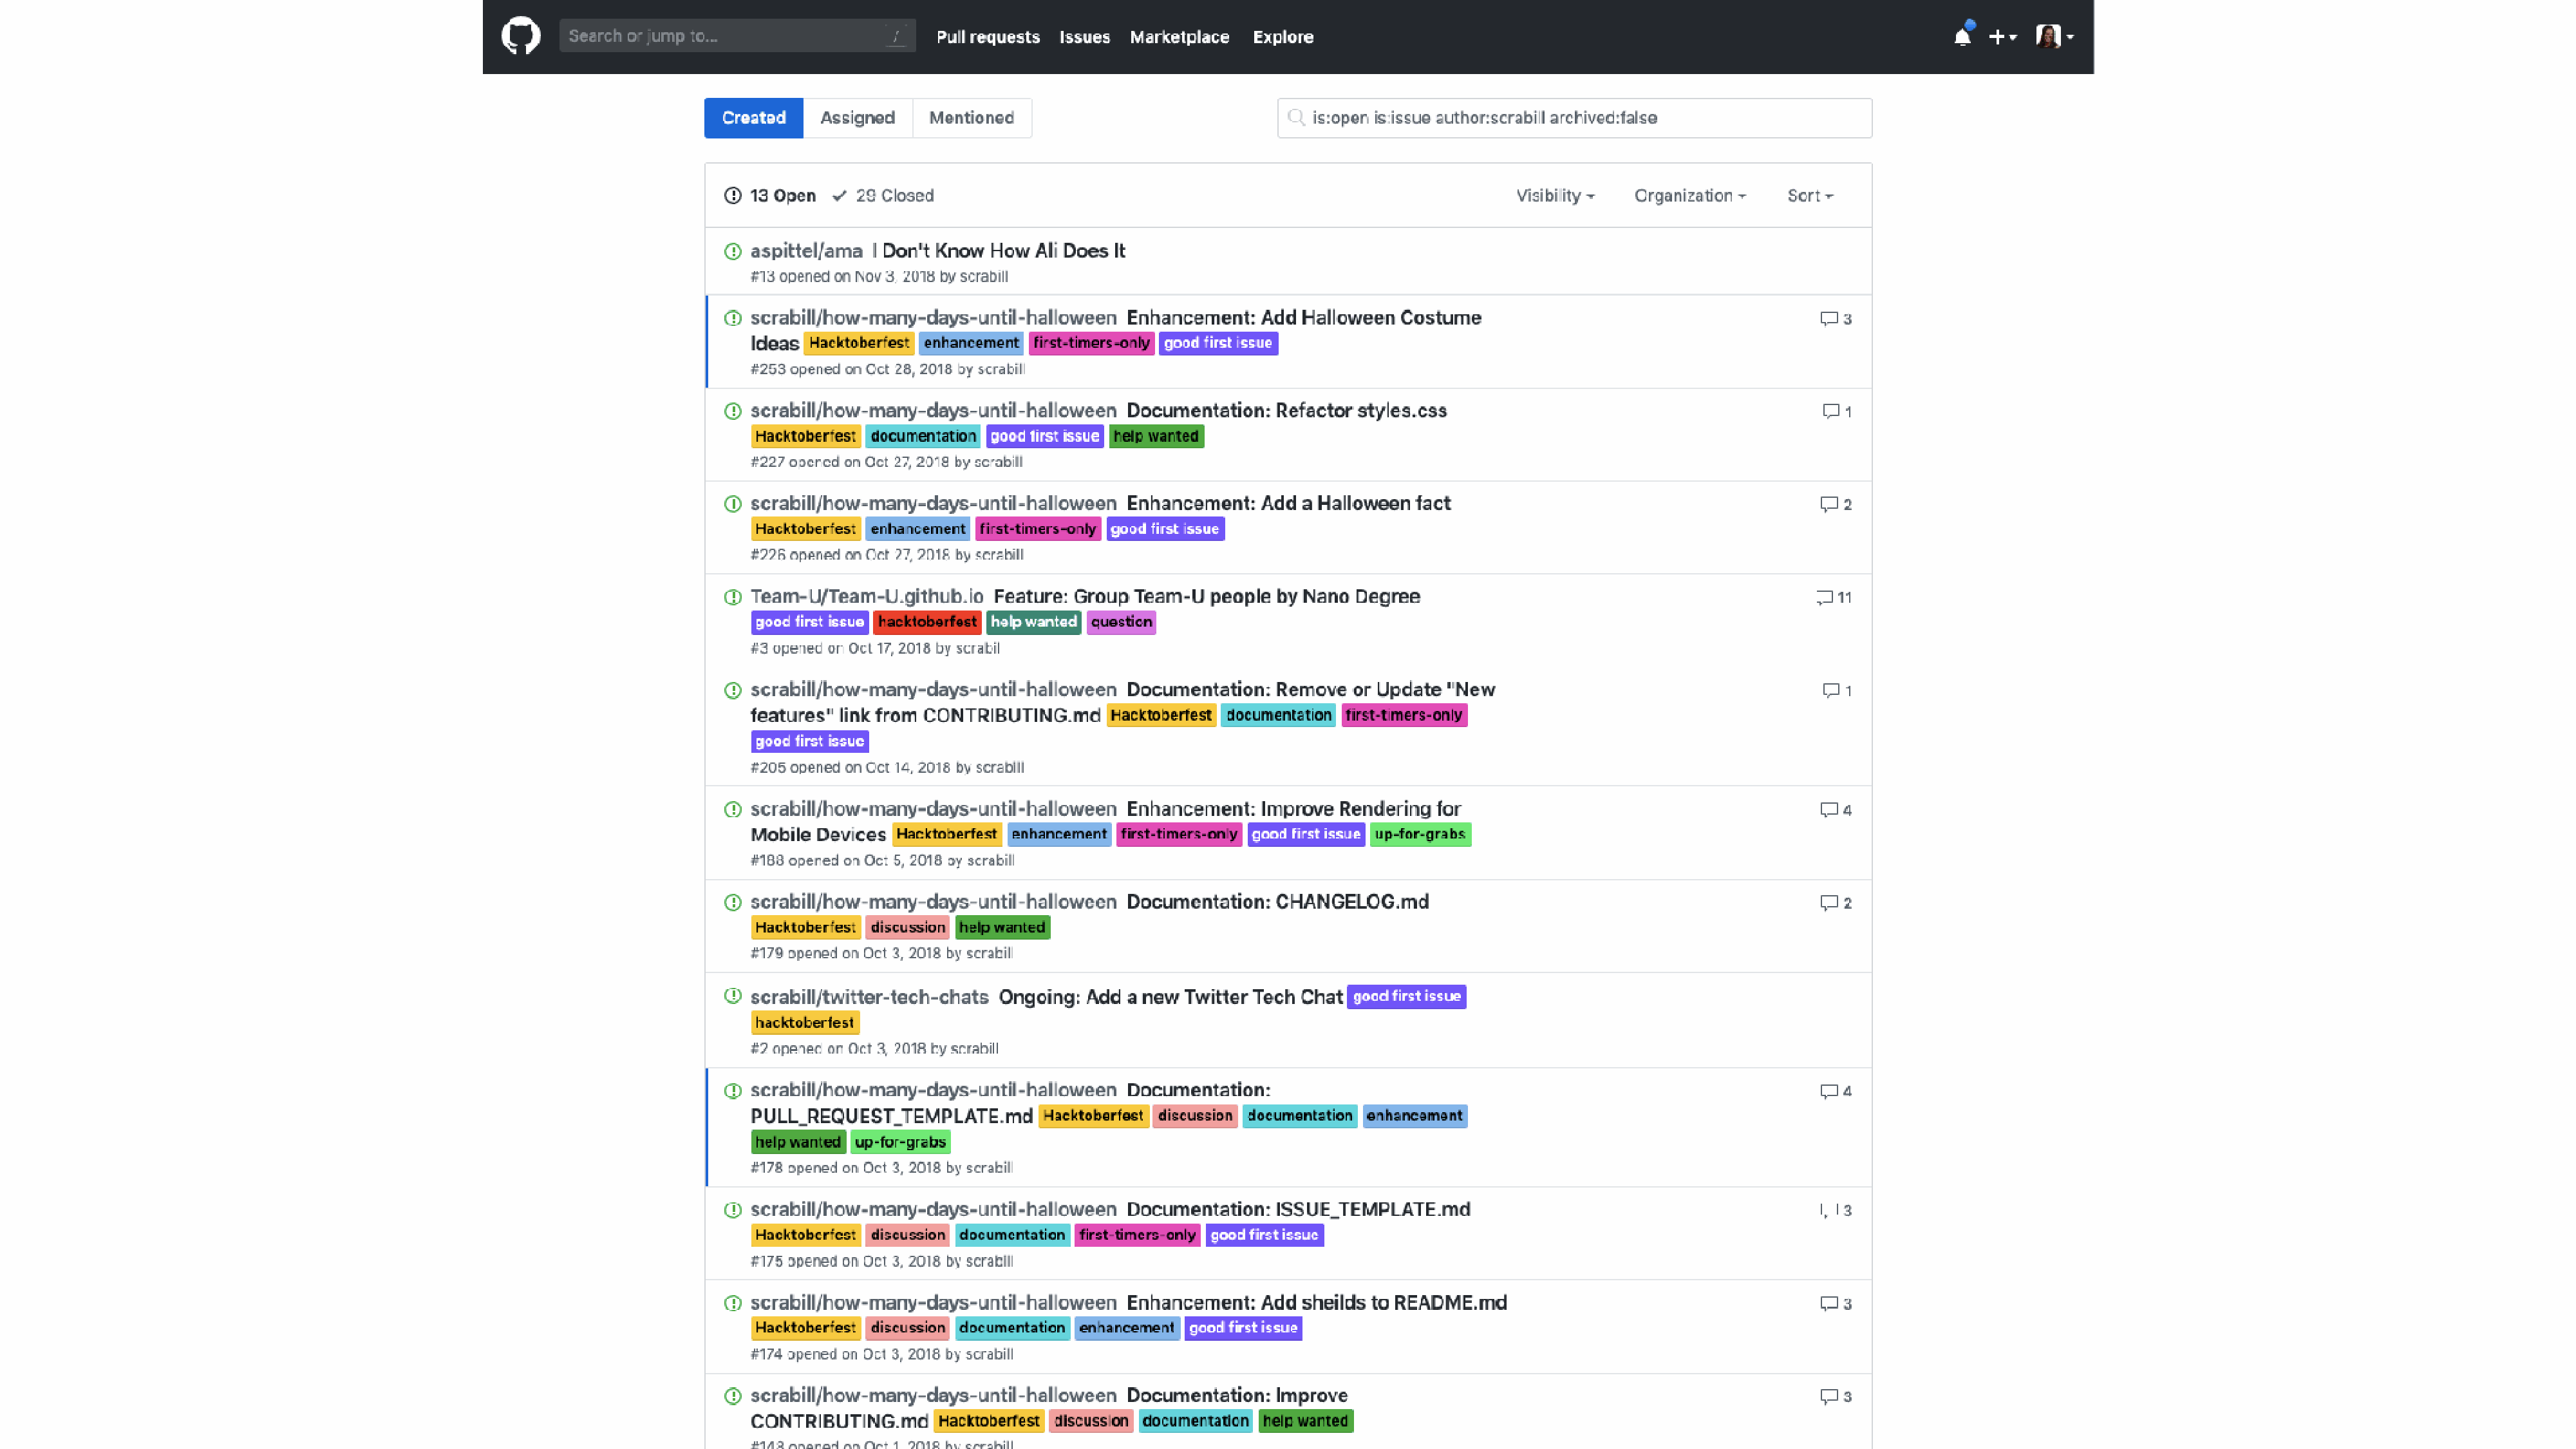
@shannon_crabill                  | #writethedocs                                                                                                                                  shannoncrabill.com/writethedocs